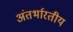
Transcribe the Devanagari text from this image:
अंतर्भारतीय